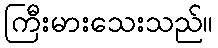
ကြီးမားသေးသည်။